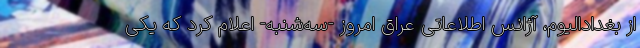
از بغدادالیوم، آژانس اطلاعاتی عراق امروز -سه‌شنبه- اعلام کرد که یکی